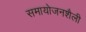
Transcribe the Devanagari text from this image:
समायोजनशैली